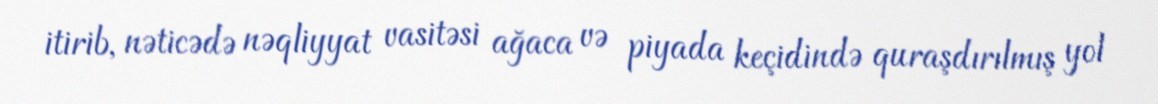
itirib, nəticədə nəqliyyat vasitəsi ağaca və piyada keçidində quraşdırılmış yol